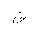
Letter: _qaf